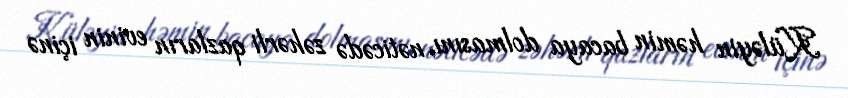
Küləyin həmin bacaya dolmasını, nəticədə zəhərli qazların evinin içinə